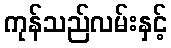
ကုန်သည်လမ်းနှင့်